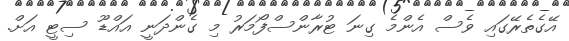
އޭގެތެރޭގައި ވެސް އެންމެ ގިނަ ޓުރާންސްފޯމަރު މި ގެންދަނީ އައްޑޫ ސިޓީ އަށް.